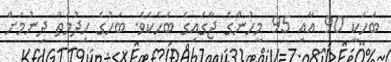
ބަހަކީ 90 އާއި 95 މީހުންގެ ޖާގައިގެ ބަހެކެވެ. ބަހުގެ ހިދުމަތް ދިނުމަށް